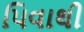
પિવાથી